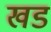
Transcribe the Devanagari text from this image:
खड